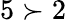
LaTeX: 5\succ 2